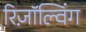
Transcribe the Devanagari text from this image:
रिज़ॉल्विंग